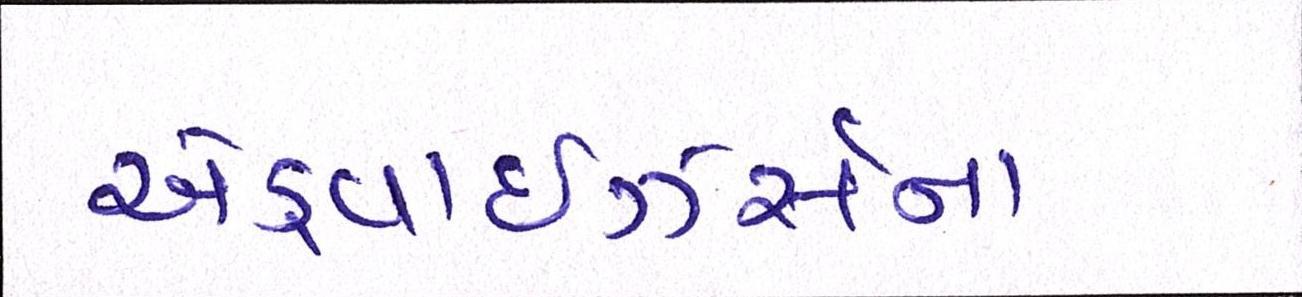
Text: એડ્વાઇઝર્સના